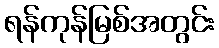
ရန်ကုန်မြစ်အတွင်း